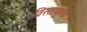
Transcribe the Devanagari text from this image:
विस्तावूर्वक